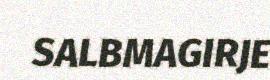
SALBMAGIRJE